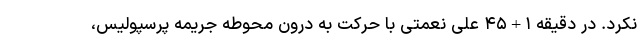
نکرد. در دقیقه ١+۴۵ علی نعمتی با حرکت به درون محوطه جریمه پرسپولیس،